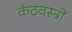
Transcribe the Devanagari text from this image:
कंठवस्त्रों